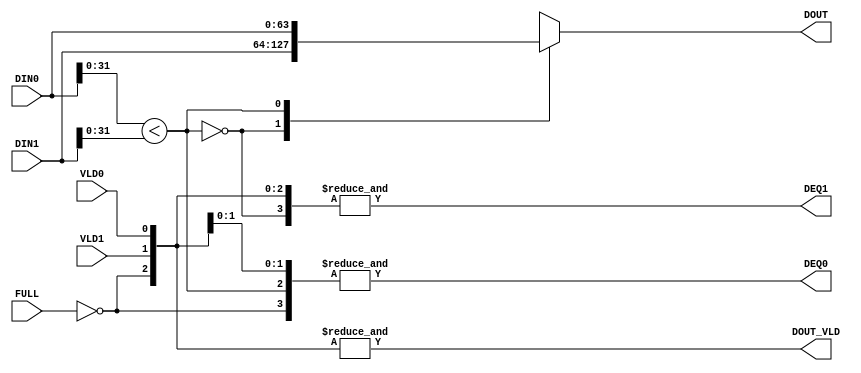
/******************************************************************************/
/* A merge sorter tree                                       Ryohei Kobayashi */
/*                                                         Version 2017-12-09 */
/******************************************************************************/
`default_nettype none

/***** A sorter cell                                                      *****/
/******************************************************************************/
module SORTER_CELL #(parameter              DATW = 64,
                     parameter              KEYW = 32)
                    (input  wire [DATW-1:0] DIN0,
                     input  wire [DATW-1:0] DIN1,
                     input  wire            VLD0,
                     input  wire            VLD1,
                     input  wire            FULL,
                     output wire            DEQ0,
                     output wire            DEQ1,
                     output wire [DATW-1:0] DOUT,
                     output wire            DOUT_VLD);

  function [DATW-1:0] mux;
    input [DATW-1:0] a;
    input [DATW-1:0] b;
    input            sel;
    begin
      case (sel)
        1'b0: mux = a;
        1'b1: mux = b;
      endcase
    end
  endfunction

  wire comp_rslt = (DIN0[KEYW-1:0] < DIN1[KEYW-1:0]);
  wire enq       = &{(~FULL), VLD0, VLD1};

  assign DEQ0     = &{enq,  comp_rslt};
  assign DEQ1     = &{enq, ~comp_rslt};
  assign DOUT     = mux(DIN1, DIN0, comp_rslt);
  assign DOUT_VLD = enq;
  
endmodule


/***** A FIFO with only two entries                                       *****/
/******************************************************************************/
module TWO_ENTRY_FIFO #(parameter                    FIFO_WIDTH = 64)  // fifo width in bit
                       (input  wire                  CLK, 
                        input  wire                  RST, 
                        input  wire                  enq, 
                        input  wire                  deq, 
                        input  wire [FIFO_WIDTH-1:0] din, 
                        output wire [FIFO_WIDTH-1:0] dot, 
                        output wire                  emp, 
                        output wire                  full, 
                        output reg  [1:0]            cnt);
  
  reg                  head, tail;
  reg [FIFO_WIDTH-1:0] mem [1:0];

  assign emp  = (cnt == 0);
  assign full = (cnt == 2);
  assign dot  = mem[head];

  always @(posedge CLK) begin
    if (RST) {cnt, head, tail} <= 0;
    else begin
      case ({enq, deq})
        2'b01: begin                 head<=~head;              cnt<=cnt-1; end
        2'b10: begin mem[tail]<=din;              tail<=~tail; cnt<=cnt+1; end
        2'b11: begin mem[tail]<=din; head<=~head; tail<=~tail;             end
      endcase
    end
  end
  
endmodule


/***** A node of the merge sorter tree                                    *****/
/******************************************************************************/
module TREE_NODE #(parameter              DATW = 64,
                   parameter              KEYW = 32)
                  (input  wire            CLK,
                   input  wire            RST,
                   input  wire            IN_FULL,
                   input  wire [DATW-1:0] DIN0,
                   input  wire            ENQ0,
                   input  wire [DATW-1:0] DIN1,
                   input  wire            ENQ1,
                   output wire            FUL0,
                   output wire            FUL1,
                   output wire [DATW-1:0] DOUT,
                   output wire            DOUT_VLD);

  wire            fifo0_enq, fifo1_enq;
  wire            fifo0_deq, fifo1_deq;
  wire [DATW-1:0] fifo0_din, fifo1_din;
  wire [DATW-1:0] fifo0_dot, fifo1_dot;
  wire            fifo0_emp, fifo1_emp;
  wire            fifo0_ful, fifo1_ful;
  wire [1:0]      fifo0_cnt, fifo1_cnt;

  wire [DATW-1:0] scell_dot;
  wire            scell_doten;

  assign fifo0_enq = ENQ0;
  assign fifo1_enq = ENQ1;
  assign fifo0_din = DIN0;
  assign fifo1_din = DIN1;

  TWO_ENTRY_FIFO #(DATW)
  fifo0(CLK, RST, fifo0_enq, fifo0_deq, fifo0_din,
        fifo0_dot, fifo0_emp, fifo0_ful, fifo0_cnt);
  TWO_ENTRY_FIFO #(DATW)
  fifo1(CLK, RST, fifo1_enq, fifo1_deq, fifo1_din,
        fifo1_dot, fifo1_emp, fifo1_ful, fifo1_cnt);
  
  SORTER_CELL #(DATW, KEYW)
  sorter_cell(fifo0_dot, fifo1_dot, ~fifo0_emp, ~fifo1_emp, IN_FULL, 
              fifo0_deq, fifo1_deq, scell_dot, scell_doten);

  // Output  
  assign FUL0     = fifo0_ful;
  assign FUL1     = fifo1_ful;
  assign DOUT     = scell_dot;
  assign DOUT_VLD = scell_doten;
    
endmodule


/***** A merge sorter tree                                                *****/
/******************************************************************************/
module MERGE_SORTER_TREE #(parameter                       W_LOG = 2,
                           parameter                       DATW  = 64,
                           parameter                       KEYW  = 32)
                          (input  wire                     CLK,
                           input  wire                     RST,
                           input  wire                     IN_FULL,
                           input  wire [(DATW<<W_LOG)-1:0] DIN,
                           input  wire [(1<<W_LOG)-1:0]    DINEN,
                           output wire [(1<<W_LOG)-1:0]    FULL,
                           output wire [DATW-1:0]          DOT,
                           output wire                     DOTEN);

  genvar i, j;
  generate
    for (i=0; i<W_LOG; i=i+1) begin: level
      wire [(1<<(W_LOG-(i+1)))-1:0]    node_in_full;
      wire [(DATW<<(W_LOG-i))-1:0]     node_din;
      wire [(1<<(W_LOG-i))-1:0]        node_dinen;
      wire [(1<<(W_LOG-i))-1:0]        node_full;
      wire [(DATW<<(W_LOG-(i+1)))-1:0] node_dot;
      wire [(1<<(W_LOG-(i+1)))-1:0]    node_doten;
      for (j=0; j<(1<<(W_LOG-(i+1))); j=j+1) begin: nodes
        TREE_NODE #(DATW, KEYW)
        tree_node(CLK, RST, node_in_full[j], node_din[DATW*(2*j+1)-1:DATW*(2*j)], node_dinen[2*j], node_din[DATW*(2*j+2)-1:DATW*(2*j+1)], node_dinen[2*j+1], 
                  node_full[2*j], node_full[2*j+1], node_dot[DATW*(j+1)-1:DATW*j], node_doten[j]);
      end
    end
  endgenerate

  generate
    for (i=0; i<W_LOG; i=i+1) begin: connection
      if (i == 0) begin
        assign level[0].node_din   = DIN;
        assign level[0].node_dinen = DINEN;
        assign FULL                = level[0].node_full;
      end else begin
        assign level[i].node_din       = level[i-1].node_dot;
        assign level[i].node_dinen     = level[i-1].node_doten;
        assign level[i-1].node_in_full = level[i].node_full;
      end
    end
  endgenerate

  assign level[W_LOG-1].node_in_full = IN_FULL;
  assign DOT                         = level[W_LOG-1].node_dot;
  assign DOTEN                       = level[W_LOG-1].node_doten;
  
endmodule

`default_nettype wire